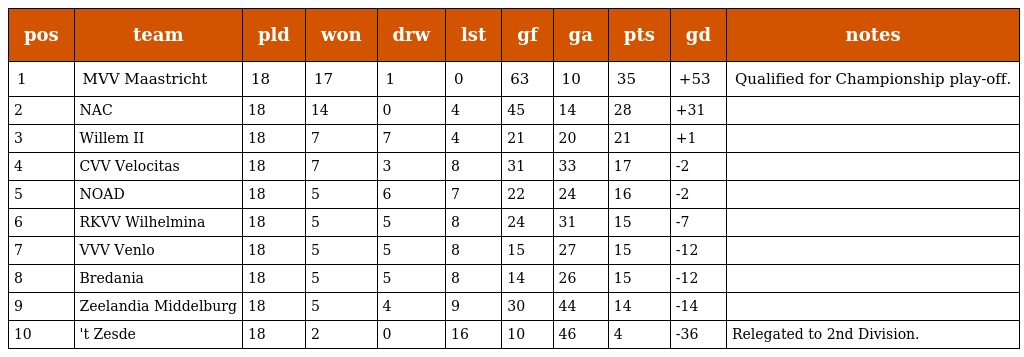
| pos | team | pld | won | drw | lst | gf | ga | pts | gd | notes |
 | --- | --- | --- | --- | --- | --- | --- | --- | --- | --- | --- |
 | 1 | MVV Maastricht | 18 | 17 | 1 | 0 | 63 | 10 | 35 | +53 | Qualified for Championship play-off. |
 | 2 | NAC | 18 | 14 | 0 | 4 | 45 | 14 | 28 | +31 |  |
 | 3 | Willem II | 18 | 7 | 7 | 4 | 21 | 20 | 21 | +1 |  |
 | 4 | CVV Velocitas | 18 | 7 | 3 | 8 | 31 | 33 | 17 | -2 |  |
 | 5 | NOAD | 18 | 5 | 6 | 7 | 22 | 24 | 16 | -2 |  |
 | 6 | RKVV Wilhelmina | 18 | 5 | 5 | 8 | 24 | 31 | 15 | -7 |  |
 | 7 | VVV Venlo | 18 | 5 | 5 | 8 | 15 | 27 | 15 | -12 |  |
 | 8 | Bredania | 18 | 5 | 5 | 8 | 14 | 26 | 15 | -12 |  |
 | 9 | Zeelandia Middelburg | 18 | 5 | 4 | 9 | 30 | 44 | 14 | -14 |  |
 | 10 | 't Zesde | 18 | 2 | 0 | 16 | 10 | 46 | 4 | -36 | Relegated to 2nd Division. |